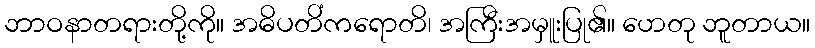
ဘာဝနာတရားတို့ကို။ အဓိပတိံကရောတိ၊ အကြီးအမှူးပြု၏။ ဟေတု ဘူတာယ။